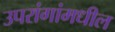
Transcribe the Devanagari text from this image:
उपरांगांमधील